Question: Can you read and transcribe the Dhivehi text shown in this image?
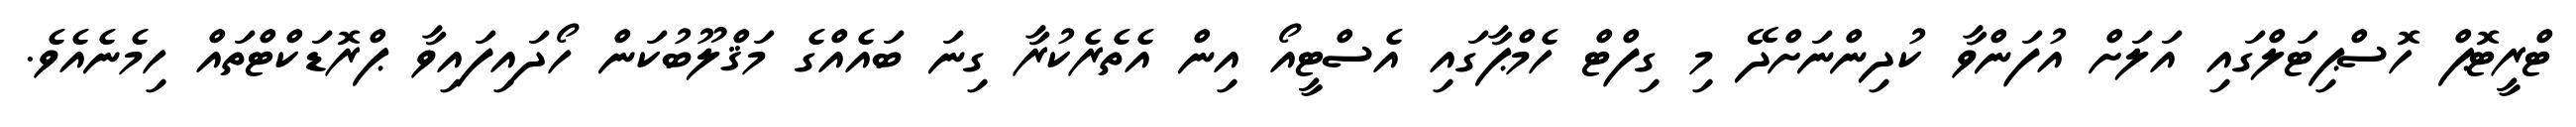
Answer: ޓްރީޓޮޕް ހޮސްޕިޓަލްގައި އަލަށް އުފަންވާ ކުދިންނަށްދޭ މި ގިފްޓް ހެމްޕާގައި އެސްޓީއޯ އިން އެތެރެކުރާ ގިނަ ބައެއްގެ މަޤްލޫބުކަން ހޯދައިފައިވާ ޕްރޮޑަކްޓްތައް ހިމެނެއެވެ.